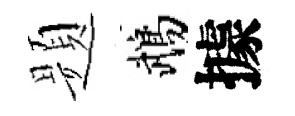
题鵡據